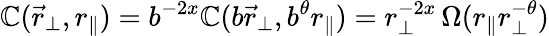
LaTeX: \mathbb{C}(\vec{{r}}_{\perp},r_{\| })=b^{-2x}\mathbb{C}(b\vec{{r}}_{\perp},b^{\theta}r_{\| })=r_{\perp}^{-2x}\, \Omega(r_{\| }r_{\perp}^{-\theta})